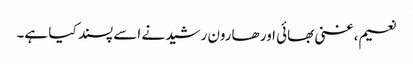
نعیم، غنی بھائی اور ھارون رشید نے اسے پسند کیا ہے۔